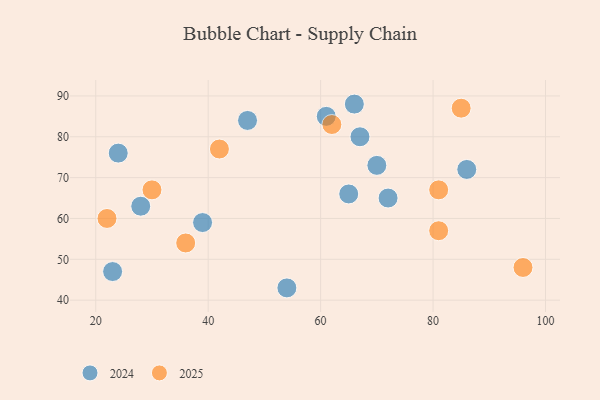
{"axis": {"x": "GDP", "y": "Life Expectancy"}, "legend": ["2024", "2025"], "data": [{"x": "36", "y": 54, "type": "2025"}, {"x": "42", "y": 77, "type": "2025"}, {"x": "81", "y": 57, "type": "2025"}, {"x": "22", "y": 60, "type": "2025"}, {"x": "85", "y": 87, "type": "2025"}, {"x": "81", "y": 67, "type": "2025"}, {"x": "30", "y": 67, "type": "2025"}, {"x": "96", "y": 48, "type": "2025"}, {"x": "62", "y": 83, "type": "2025"}, {"x": "67", "y": 80, "type": "2024"}, {"x": "39", "y": 59, "type": "2024"}, {"x": "65", "y": 66, "type": "2024"}, {"x": "70", "y": 73, "type": "2024"}, {"x": "28", "y": 63, "type": "2024"}, {"x": "54", "y": 43, "type": "2024"}, {"x": "66", "y": 88, "type": "2024"}, {"x": "24", "y": 76, "type": "2024"}, {"x": "72", "y": 65, "type": "2024"}, {"x": "61", "y": 85, "type": "2024"}, {"x": "86", "y": 72, "type": "2024"}, {"x": "47", "y": 84, "type": "2024"}, {"x": "23", "y": 47, "type": "2024"}]}